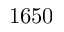
1 6 5 0